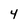
Character: 4